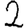
Digit: 2